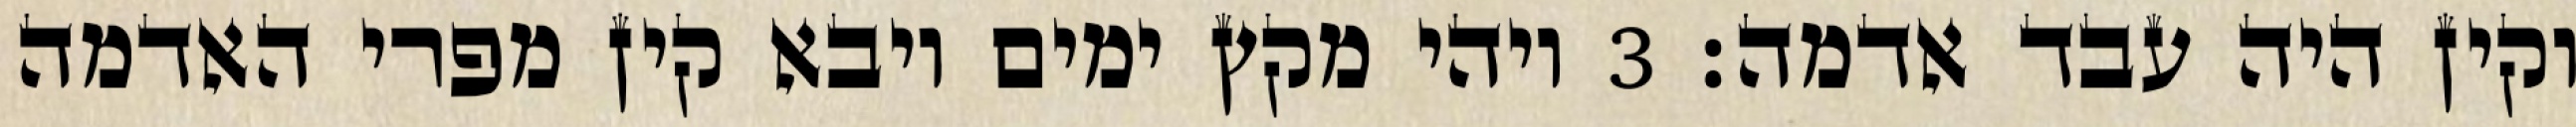
וקין היה עבד אדמה׃ ‎3‏ ויהי מקץ ימים ויבא קין מפרי האדמה